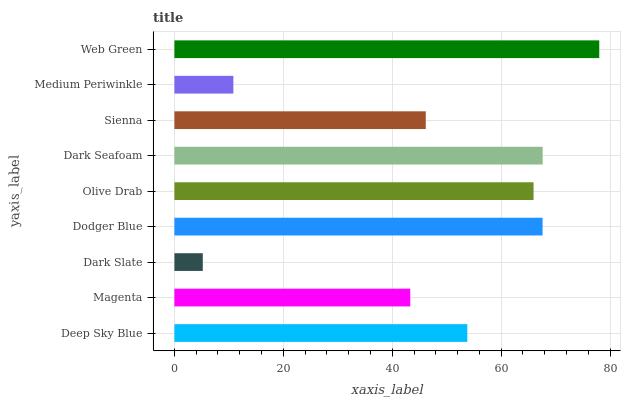
| yaxis_label | bars |
 | --- | --- |
 | Deep Sky Blue | 53.8 |
 | Magenta | 43.3 |
 | Dark Slate | 5.21 |
 | Dodger Blue | 67.6 |
 | Olive Drab | 66 |
 | Dark Seafoam | 67.6 |
 | Sienna | 46.2 |
 | Medium Periwinkle | 10.8 |
 | Web Green | 78 |